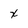
Character: x